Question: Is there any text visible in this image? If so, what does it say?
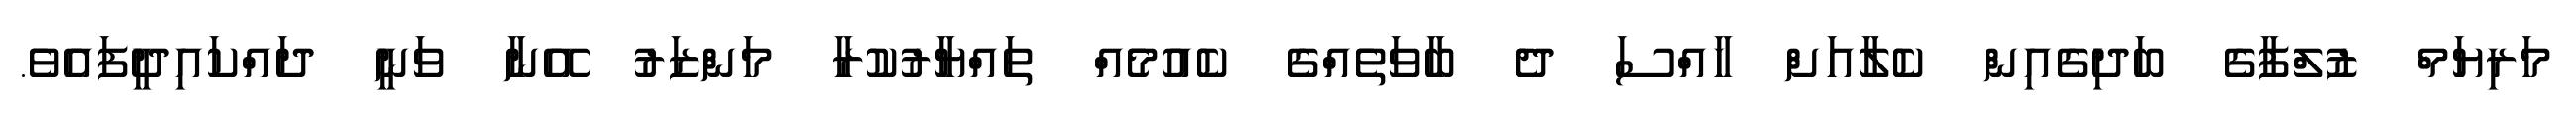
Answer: މަރިޔަމް ޒުލްފާގެ ބަދިގެއިން ކެލާއަށް ހާއްސަ ދެ ބާވަތެއްގެ ކެއުމެއް ތައްޔާރުކުރާ މަންޒަރު އޭނާ ވަނީ ދައްކައިދީފައެވެ.